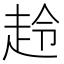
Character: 𧻋